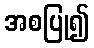
အစပြု၍